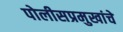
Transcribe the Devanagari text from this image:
पोलीसप्रमुखांचे